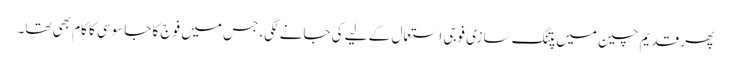
پھر قدیم چین میں پتنگ سازی فوجی استعمال کے لیے کی جانے لگی، جس میں فوج کا جاسوسی کا کام بھی تھا۔